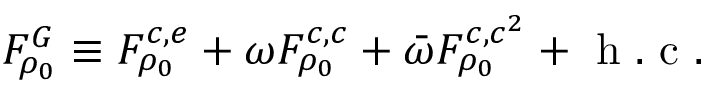
F _ { \rho _ { 0 } } ^ { G } \equiv F _ { \rho _ { 0 } } ^ { c , e } + \omega F _ { \rho _ { 0 } } ^ { c , c } + \bar { \omega } F _ { \rho _ { 0 } } ^ { c , c ^ { 2 } } + \mathrm { ~ h ~ . ~ c ~ . ~ }